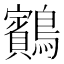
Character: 𪇕